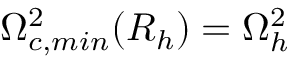
\Omega _ { c , m i n } ^ { 2 } ( R _ { h } ) = \Omega _ { h } ^ { 2 }